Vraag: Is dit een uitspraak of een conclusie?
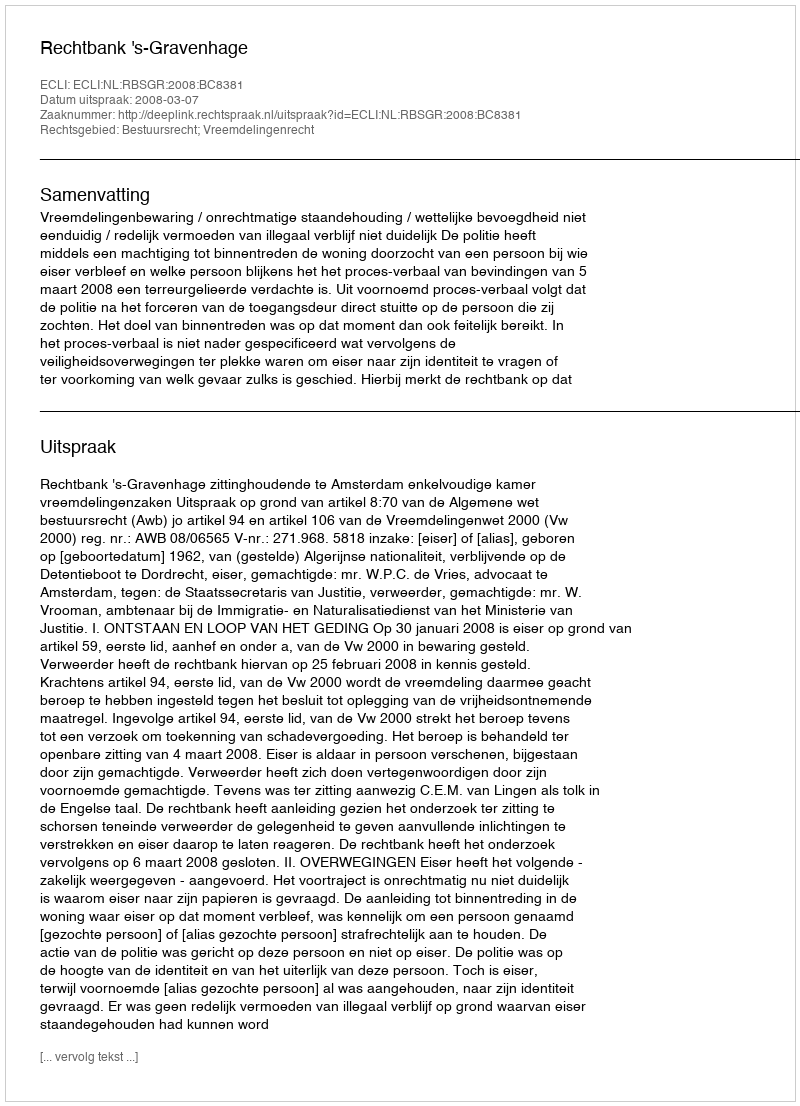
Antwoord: Uitspraak